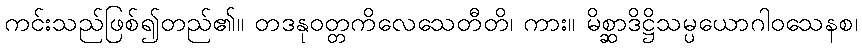
ကင်းသည်ဖြစ်၍တည်၏။ တဒနုဝတ္တကိလေသေတီတိ၊ ကား။ မိစ္ဆာဒိဋ္ဌိသမ္ပယောဂါဝသေနစ၊